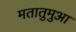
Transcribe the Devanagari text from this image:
मतातुमुआ